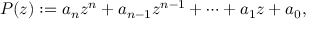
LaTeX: P ( z ) : = a _ { n } z ^ { n } + a _ { n - 1 } z ^ { n - 1 } + \cdots + a _ { 1 } z + a _ { 0 } ,